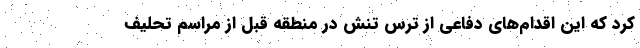
کرد که این اقدام‌های دفاعی از ترس تنش در منطقه قبل از مراسم تحلیف